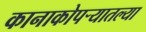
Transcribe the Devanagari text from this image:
कानाकोपर्‍यातल्या